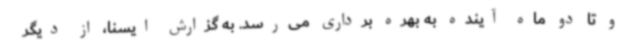
و تا دو ماه آینده به بهره برداری می‌رسد. به گزارش ایسنا، از دیگر